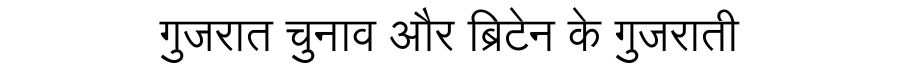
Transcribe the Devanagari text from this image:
गुजरात चुनाव और ब्रिटेन के गुजराती